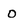
Character: 0